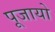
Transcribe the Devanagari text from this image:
पूजायो